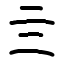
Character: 亖